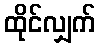
ထိုင်လျှက်